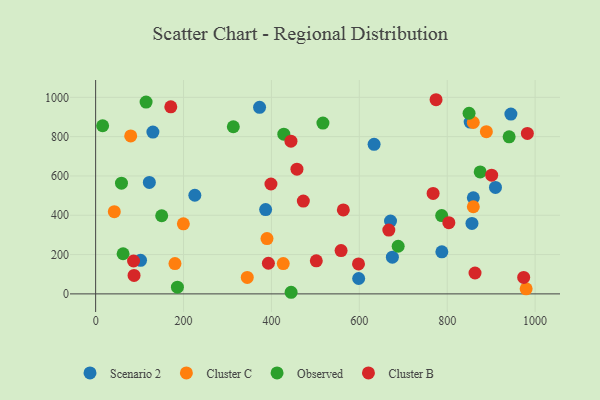
{"axis": {"x": "Distance", "y": "Profit"}, "legend": ["Cluster B", "Cluster C", "Observed", "Scenario 2"], "data": [{"x": "130.3", "y": 823.1, "type": "Scenario 2"}, {"x": "373.0", "y": 948.9, "type": "Scenario 2"}, {"x": "944.9", "y": 914.7, "type": "Scenario 2"}, {"x": "675.2", "y": 186.7, "type": "Scenario 2"}, {"x": "122.2", "y": 567.3, "type": "Scenario 2"}, {"x": "633.6", "y": 760.7, "type": "Scenario 2"}, {"x": "386.8", "y": 429.0, "type": "Scenario 2"}, {"x": "671.0", "y": 370.5, "type": "Scenario 2"}, {"x": "859.4", "y": 489.0, "type": "Scenario 2"}, {"x": "787.8", "y": 213.9, "type": "Scenario 2"}, {"x": "856.3", "y": 358.5, "type": "Scenario 2"}, {"x": "225.7", "y": 501.7, "type": "Scenario 2"}, {"x": "909.8", "y": 541.7, "type": "Scenario 2"}, {"x": "102.2", "y": 170.5, "type": "Scenario 2"}, {"x": "852.2", "y": 873.9, "type": "Scenario 2"}, {"x": "598.5", "y": 78.3, "type": "Scenario 2"}, {"x": "889.1", "y": 825.3, "type": "Cluster C"}, {"x": "345.0", "y": 83.5, "type": "Cluster C"}, {"x": "79.8", "y": 803.5, "type": "Cluster C"}, {"x": "979.6", "y": 25.7, "type": "Cluster C"}, {"x": "389.9", "y": 281.2, "type": "Cluster C"}, {"x": "180.5", "y": 154.4, "type": "Cluster C"}, {"x": "199.6", "y": 356.6, "type": "Cluster C"}, {"x": "859.4", "y": 443.4, "type": "Cluster C"}, {"x": "426.9", "y": 154.0, "type": "Cluster C"}, {"x": "42.5", "y": 418.4, "type": "Cluster C"}, {"x": "859.3", "y": 871.9, "type": "Cluster C"}, {"x": "58.8", "y": 563.4, "type": "Observed"}, {"x": "186.1", "y": 34.3, "type": "Observed"}, {"x": "517.2", "y": 869.2, "type": "Observed"}, {"x": "787.4", "y": 398.2, "type": "Observed"}, {"x": "849.7", "y": 918.9, "type": "Observed"}, {"x": "428.2", "y": 812.4, "type": "Observed"}, {"x": "940.9", "y": 798.9, "type": "Observed"}, {"x": "150.3", "y": 397.5, "type": "Observed"}, {"x": "15.9", "y": 855.3, "type": "Observed"}, {"x": "875.0", "y": 620.5, "type": "Observed"}, {"x": "444.8", "y": 8.2, "type": "Observed"}, {"x": "688.4", "y": 242.4, "type": "Observed"}, {"x": "114.8", "y": 975.6, "type": "Observed"}, {"x": "313.3", "y": 850.4, "type": "Observed"}, {"x": "62.5", "y": 204.1, "type": "Observed"}, {"x": "171.0", "y": 951.6, "type": "Cluster B"}, {"x": "563.6", "y": 427.3, "type": "Cluster B"}, {"x": "393.1", "y": 155.9, "type": "Cluster B"}, {"x": "86.3", "y": 167.3, "type": "Cluster B"}, {"x": "87.4", "y": 94.0, "type": "Cluster B"}, {"x": "974.0", "y": 83.5, "type": "Cluster B"}, {"x": "558.5", "y": 220.3, "type": "Cluster B"}, {"x": "667.1", "y": 324.8, "type": "Cluster B"}, {"x": "803.7", "y": 362.5, "type": "Cluster B"}, {"x": "458.1", "y": 634.6, "type": "Cluster B"}, {"x": "901.1", "y": 604.1, "type": "Cluster B"}, {"x": "598.1", "y": 152.4, "type": "Cluster B"}, {"x": "982.4", "y": 816.2, "type": "Cluster B"}, {"x": "398.9", "y": 559.0, "type": "Cluster B"}, {"x": "774.6", "y": 987.8, "type": "Cluster B"}, {"x": "767.9", "y": 511.1, "type": "Cluster B"}, {"x": "472.6", "y": 472.3, "type": "Cluster B"}, {"x": "502.1", "y": 168.3, "type": "Cluster B"}, {"x": "444.4", "y": 777.1, "type": "Cluster B"}, {"x": "863.3", "y": 106.2, "type": "Cluster B"}]}